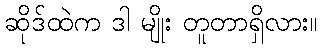
ဆိုဒ်ထဲက ဒါ မျိုး တူတာရှိလား။